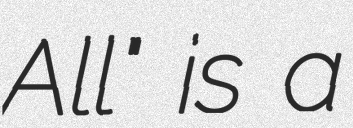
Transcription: All" is a